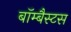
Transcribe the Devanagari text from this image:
बॉम्बैस्टस